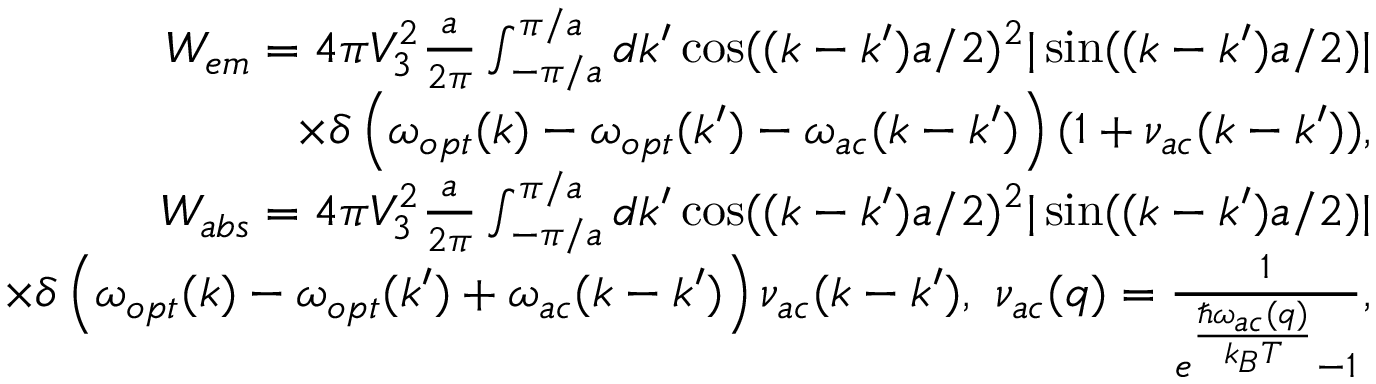
\begin{array} { r } { W _ { e m } = 4 \pi V _ { 3 } ^ { 2 } \frac { a } { 2 \pi } \int _ { - \pi / a } ^ { \pi / a } d k ^ { \prime } \cos ( ( k - k ^ { \prime } ) a / 2 ) ^ { 2 } | \sin ( ( k - k ^ { \prime } ) a / 2 ) | } \\ { \times \delta \left( \omega _ { o p t } ( k ) - \omega _ { o p t } ( k ^ { \prime } ) - \omega _ { a c } ( k - k ^ { \prime } ) \right) ( 1 + \nu _ { a c } ( k - k ^ { \prime } ) ) , } \\ { W _ { a b s } = 4 \pi V _ { 3 } ^ { 2 } \frac { a } { 2 \pi } \int _ { - \pi / a } ^ { \pi / a } d k ^ { \prime } \cos ( ( k - k ^ { \prime } ) a / 2 ) ^ { 2 } | \sin ( ( k - k ^ { \prime } ) a / 2 ) | } \\ { \times \delta \left( \omega _ { o p t } ( k ) - \omega _ { o p t } ( k ^ { \prime } ) + \omega _ { a c } ( k - k ^ { \prime } ) \right) \nu _ { a c } ( k - k ^ { \prime } ) , ~ \nu _ { a c } ( q ) = \frac { 1 } { e ^ { \frac { \hbar \omega _ { a c } ( q ) } { k _ { B } T } } - 1 } , } \end{array}